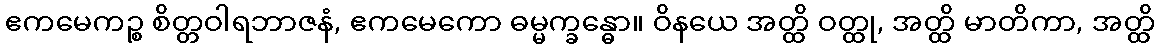
ဧကမေကဉ္စ စိတ္တဝါရဘာဇနံ, ဧကမေကော ဓမ္မက္ခန္ဓော။ ဝိနယေ အတ္ထိ ဝတ္ထု, အတ္ထိ မာတိကာ, အတ္ထိ